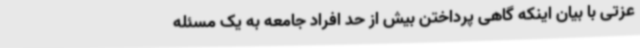
عزتی با بیان اینکه گاهی پرداختن بیش از حد افراد جامعه به یک مسئله